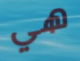
هي